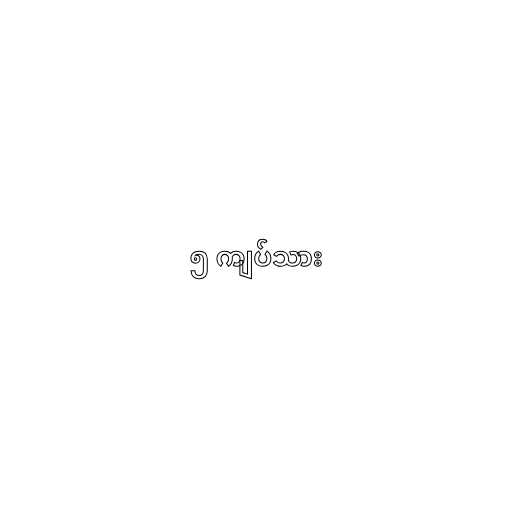
၅ ကျပ်သား